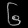
Digit: ၆